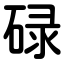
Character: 碌